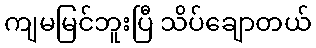
ကျမမြင်ဘူးပြီ သိပ်ချောတယ်